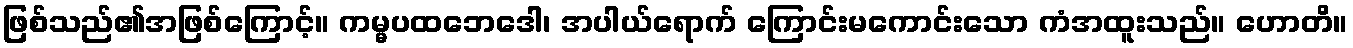
ဖြစ်သည်၏အဖြစ်ကြောင့်။ ကမ္မပထဘေဒေါ၊ အပါယ်ရောက် ကြောင်းမကောင်းသော ကံအထူးသည်။ ဟောတိ။